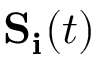
\mathbf { S _ { i } } ( t )